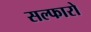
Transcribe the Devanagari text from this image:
सल्फारो